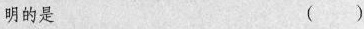
明的是 （ ）